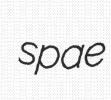
spae